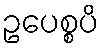
ဥပေစ္စပိ